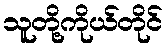
သူတို့ကိုယ်တိုင်